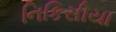
નિકિસીયા